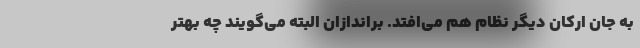
به جان ارکان دیگر نظام هم می‌افتد. براندازان البته می‌گویند چه بهتر